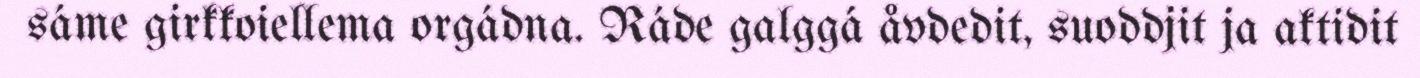
sáme girkkoiellema orgádna. Ráde galggá åvdedit, suoddjit ja aktidit